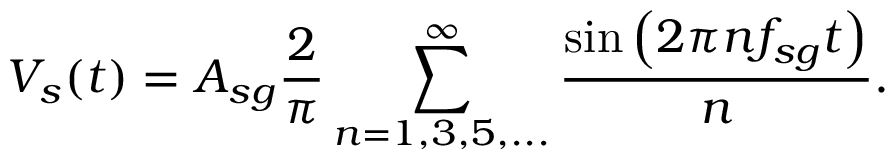
V _ { s } ( t ) = A _ { s g } \frac { 2 } { \pi } \sum _ { n = 1 , 3 , 5 , . . . } ^ { \infty } \frac { \sin \left( 2 \pi n f _ { s g } t \right) } { n } .